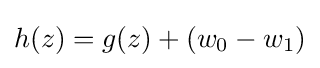
h(z)=g(z)+(w_{0}-w_{1})